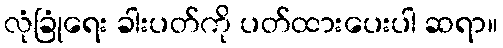
လုံခြုံရေး ခါးပတ်ကို ပတ်ထားပေးပါ ဆရာ။